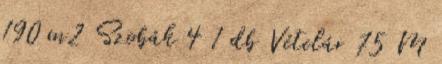
190 m2 Szobák 4 1 db Vételár 75 M